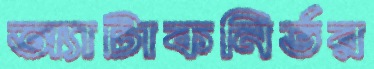
অ্যাটাকনির্ভর